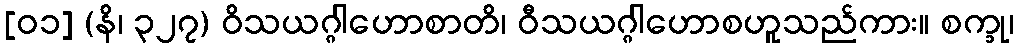
[၀၁] (နိ၊ ၃၂၇) ဝိသယဂ္ဂါဟောစာတိ၊ ဝီသယဂ္ဂါဟောစဟူသည်ကား။ စက္ခု၊